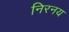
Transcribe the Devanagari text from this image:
निरनय